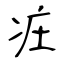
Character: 㽵